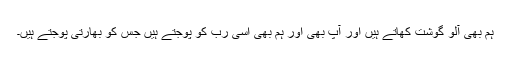
ہم بھی آلو گوشت کھاتے ہیں اور آپ بھی اور ہم بھی اسی رب کو پوجتے ہیں جس کو بھارتی پوجتے ہیں۔